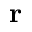
\mathbf { r }